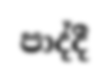
පාද්දී